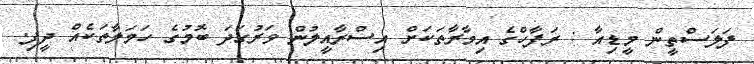
ފަލަސްތީން މީޑިއާ : ރަފާހްގެ އިމާރާތަކަށް އިސްރާއީލުން ވަރުގަދަ ބޮމުގެ ހަމަލާތަކެއް ދީފި.